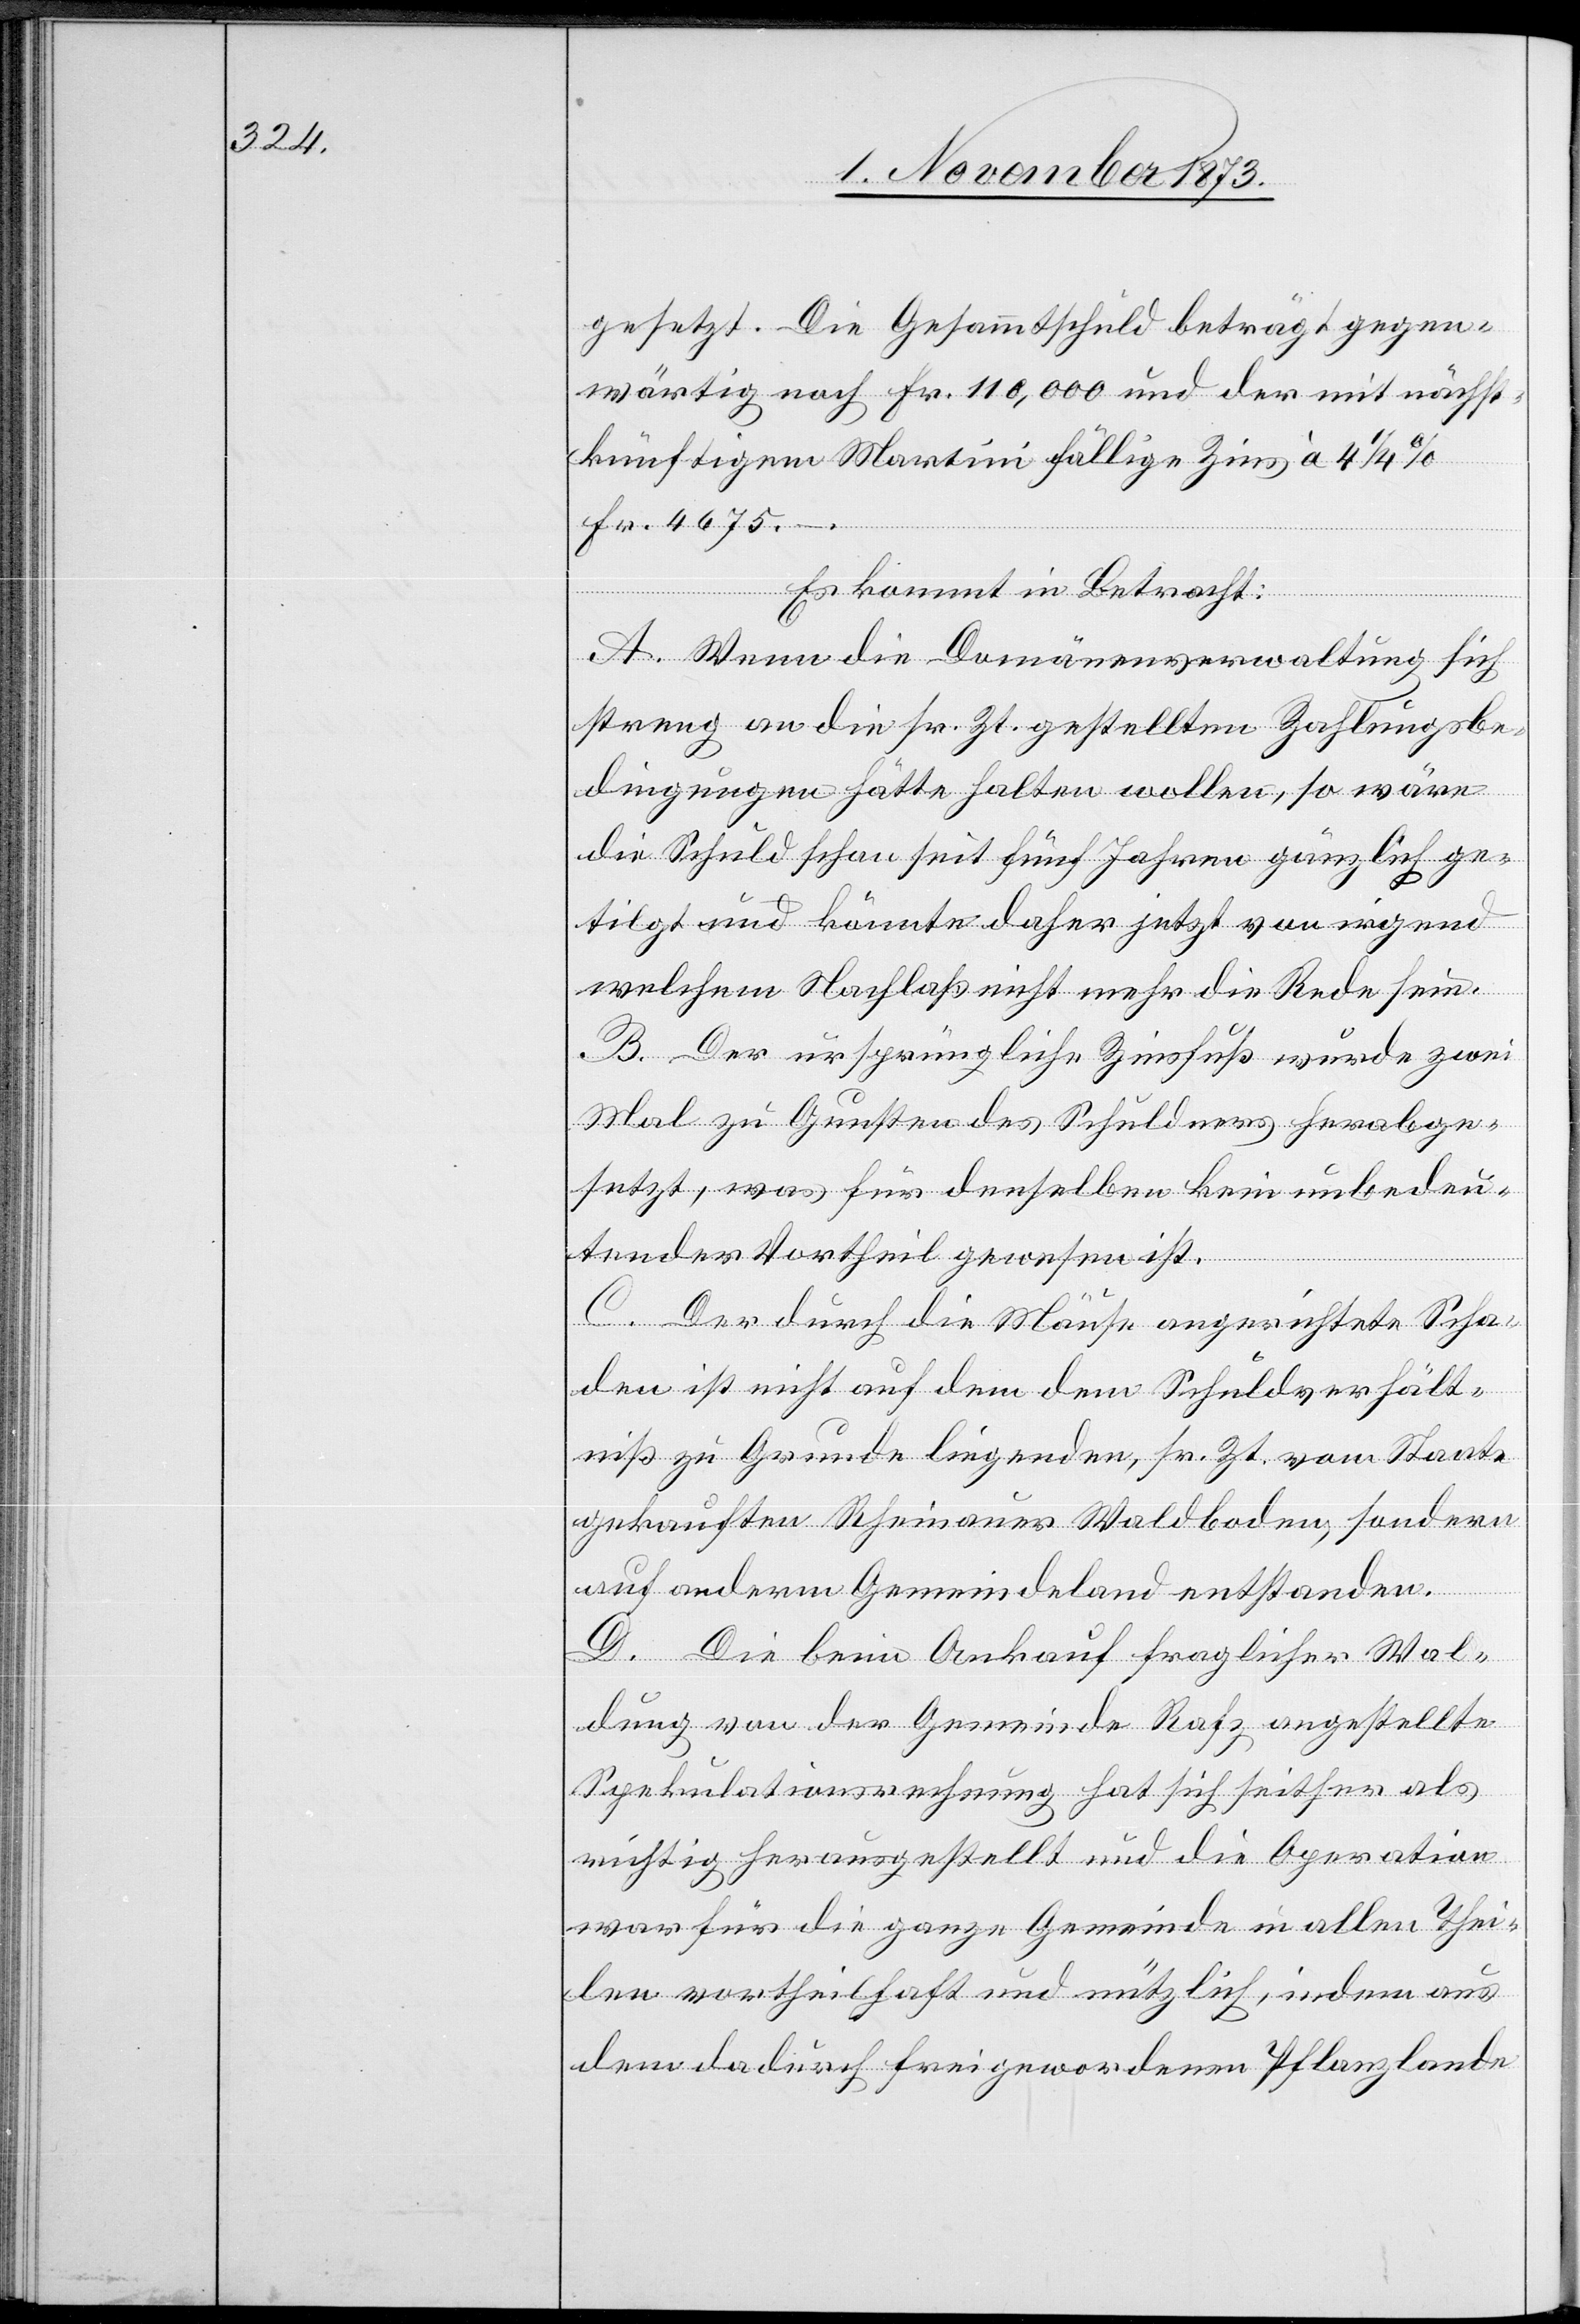
gesetzt. Die Gesammtschuld beträgt gegen¬
wärtig noch Fr. 110,000 und der mit nächst¬
künftigem Martini fällige Zins à 4 1/4%
Fr. 4 675 –.
Es kommt in Betracht:
A. Wenn die Domänenverwaltung sich
streng an die sr. Zt. gestellten Zahlungsbe¬
dingungen hätte halten wollen, so wäre
die Schuld schon seit fünf Jahren gänzlich ge¬
tilgt und könnte daher jetzt von irgend
welchem Nachlaß nicht mehr die Rede sein.
B. Der ursprüngliche Zinsfuß wurde zwei
Mal zu Gunsten des Schuldners herabge¬
setzt, was für denselben kein unbedeu¬
tender Vortheil gewesen ist.
C. Der durch die Mäuse angerichtete Scha¬
den ist nicht auf dem dem Schuldverhält¬
niß zu Grunde liegenden, sr. Zt. vom Staate
gekauften Rheinauer Waldboden, sondern
auf anderm Gemeindeland entstanden.
D. Die beim Ankauf fraglicher Wal¬
dung von der Gemeinde Rafz angestellte
Spekulationsrechnung hat sich seither als
richtig herausgestellt und die Operation
war für die ganze Gemeinde in allen Thei¬
len vortheilhaft und nützlich, indem aus
dem dadurch freigewordenen Pflanzlande